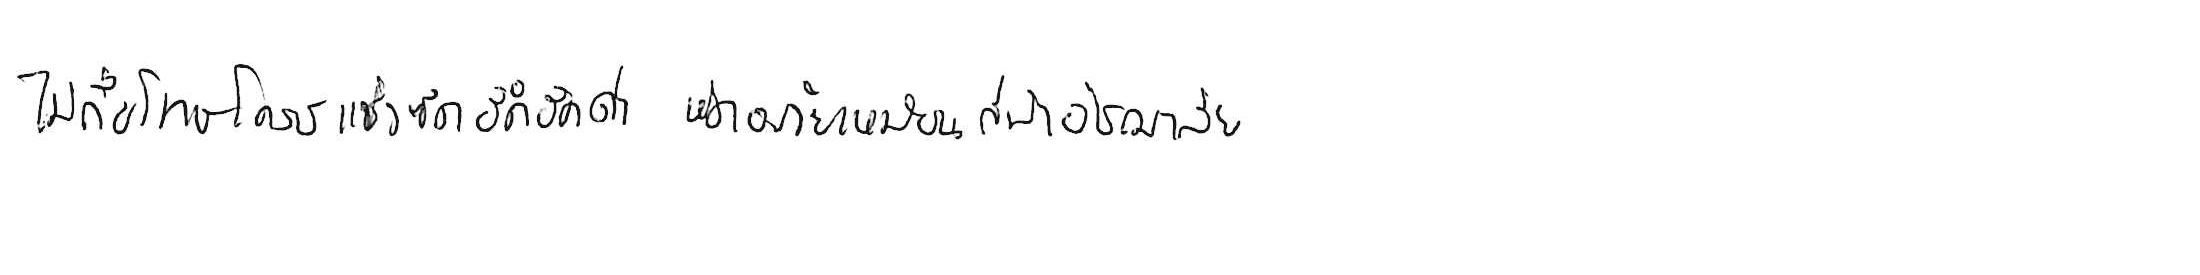
ไม่ถือโทษโกรธแช่งซัดฮึดฮัดด่า หัดอภัยเหมือนกีฬาอัชฌาสัย